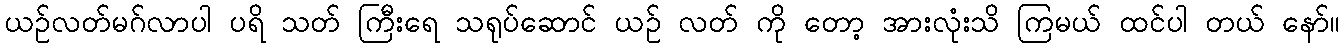
ယဉ်လတ်မဂ်လာပါ ပရိ သတ် ကြီးရေ သရုပ်ဆောင် ယဉ် လတ် ကို တော့ အားလုံးသိ ကြမယ် ထင်ပါ တယ် နော်။